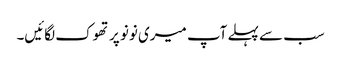
سب سے پہلے آپ میری نونو پر تھوک لگائیں۔